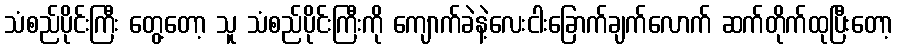
သံစည်ပိုင်းကြီး တွေ့တော့ သူ သံစည်ပိုင်းကြီးကို ကျောက်ခဲနဲ့လေးငါးခြောက်ချက်လောက် ဆက်တိုက်ထုပြီးတော့